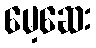
မေ့ဆေး